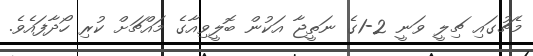
މެޗުގައި ޗިލީ ވަނީ 2-1ގެ ނަތީޖާ އަކުން ބޮލީވިއާގެ މައްޗަށް ކުރި ހޯދާފައެވެ.